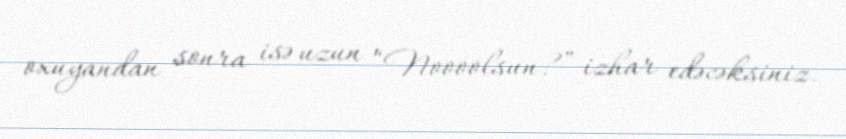
oxuyandan sonra isə uzun “Noooolsun?” izhar edəcəksiniz.